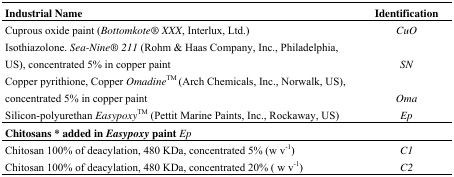
<table><thead><tr><td><b>Industrial Name</b></td><td><b>Identification</b></td></tr></thead><tbody><tr><td>Cuprous oxide paint (<i>Bottomkote® XXX</i>, Interlux, Ltd.)</td><td><i>CuO</i></td></tr><tr><td>Isothiazolone. <i>Sea-Nine® 211</i> (Rohm &amp; Haas Company, Inc., Philadelphia, US), concentrated 5% in copper paint</td><td><i>SN</i></td></tr><tr><td>Copper pyrithione, Copper <i>Omadine</i><sup>TM</sup> (Arch Chemicals, Inc., Norwalk, US), concentrated 5% in copper paint</td><td><i>Oma</i></td></tr><tr><td>Silicon-polyurethan <i>Easypoxy</i><sup>TM</sup> (Pettit Marine Paints, Inc., Rockaway, US)</td><td><i>Ep</i></td></tr><tr><td colspan="2"><b>Chitosans * added in</b><b><i>Easypoxy</i></b><b>paint</b><i>Ep</i></td></tr><tr><td>Chitosan 100% of deacylation, 480 KDa, concentrated 5% (w v<sup>−1</sup>)</td><td><i>C1</i></td></tr><tr><td>Chitosan 100% of deacylation, 480 KDa, concentrated 20% ( w v<sup>−1</sup>)</td><td><i>C2</i></td></tr></tbody></table>